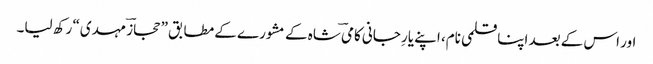
اور اس کے بعد اپنا قلمی نام، اپنے یارِ جانی کامیؔ شاہ کے مشورے کے مطابق ”حجازؔ مہدی“ رکھ لیا۔